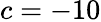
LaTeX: c=-10